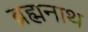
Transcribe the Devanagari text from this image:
ब्रह्मनाथ